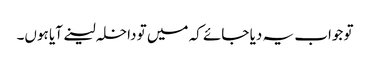
تو جواب یہ دیا جائے کہ میں تو داخلہ لینے آیا ہوں۔